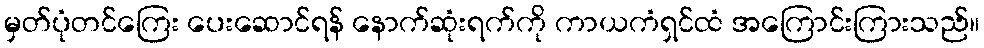
မှတ်ပုံတင်ကြေး ပေးဆောင်ရန် နောက်ဆုံးရက်ကို ကာယကံရှင်ထံ အကြောင်းကြားသည်။